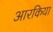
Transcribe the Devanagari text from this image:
आरकिया